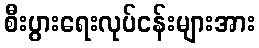
စီးပွားရေးလုပ်ငန်းများအား